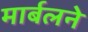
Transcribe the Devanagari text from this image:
मार्बलने